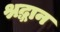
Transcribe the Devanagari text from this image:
श्रद्धान